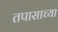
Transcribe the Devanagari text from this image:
तपासाच्या